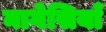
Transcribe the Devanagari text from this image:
नागेसियाँ